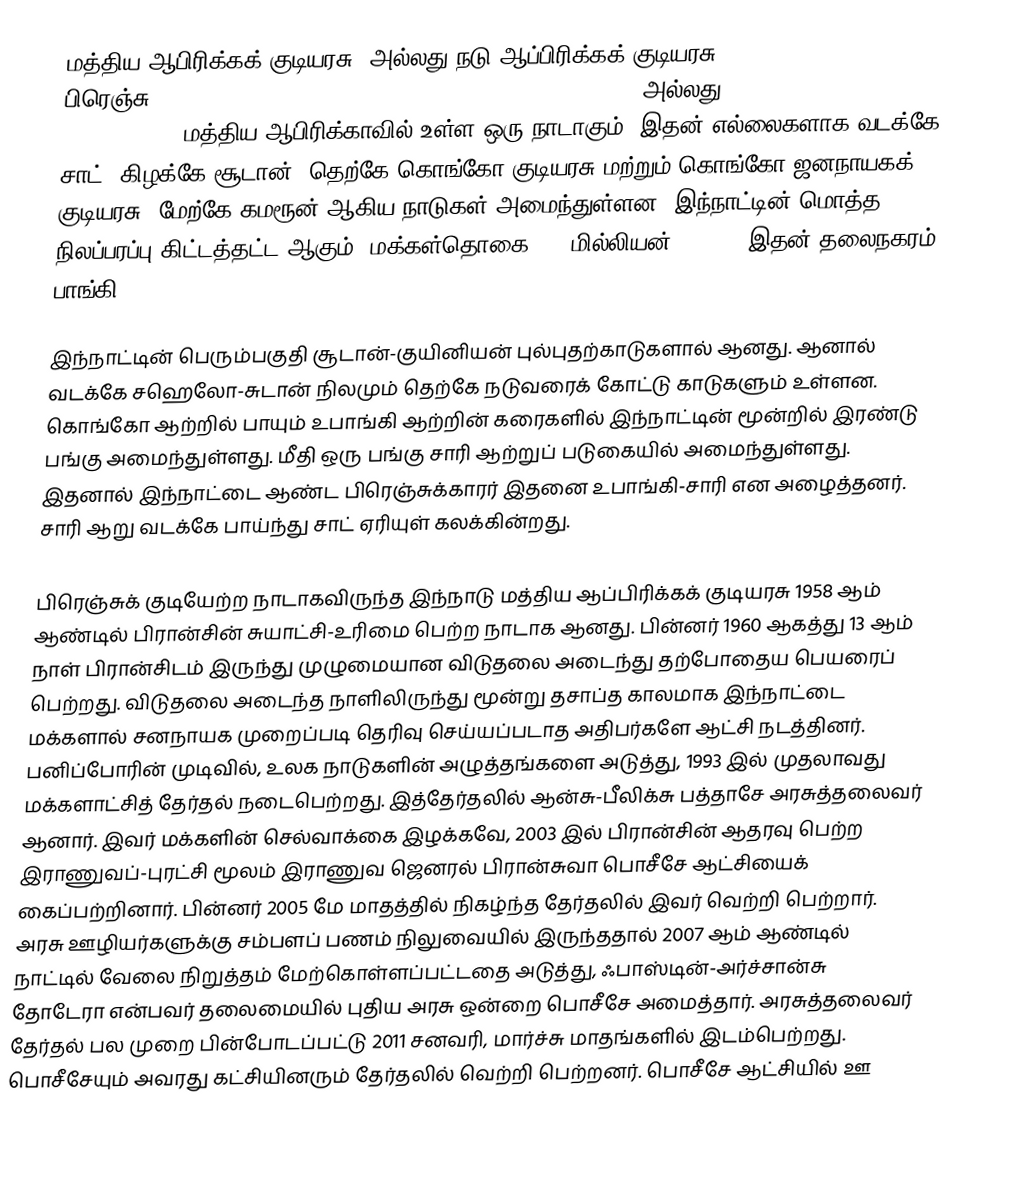
மத்திய ஆபிரிக்கக் குடியரசு (அல்லது நடு ஆப்பிரிக்கக் குடியரசு, Central African Republic, பிரெஞ்சு: République Centrafricaine, IPA: ʀepyblik sɑ̃tʀafʀikɛn/ அல்லது Centrafrique IPA: /sɑ̃tʀafʀik/) மத்திய ஆபிரிக்காவில் உள்ள ஒரு நாடாகும். இதன் எல்லைகளாக வடக்கே சாட், கிழக்கே சூடான், தெற்கே கொங்கோ குடியரசு மற்றும் கொங்கோ ஜனநாயகக் குடியரசு, மேற்கே கமரூன் ஆகிய நாடுகள் அமைந்துள்ளன. இந்நாட்டின் மொத்த நிலப்பரப்பு கிட்டத்தட்ட  ஆகும். மக்கள்தொகை 4.4 மில்லியன் (2008). இதன் தலைநகரம் பாங்கி.

இந்நாட்டின் பெரும்பகுதி சூடான்-குயினியன் புல்புதற்காடுகளால் ஆனது. ஆனால் வடக்கே சஹெலோ-சுடான் நிலமும் தெற்கே நடுவரைக் கோட்டு காடுகளும் உள்ளன. கொங்கோ ஆற்றில் பாயும் உபாங்கி ஆற்றின் கரைகளில் இந்நாட்டின் மூன்றில் இரண்டு பங்கு அமைந்துள்ளது. மீதி ஒரு பங்கு சாரி ஆற்றுப் படுகையில் அமைந்துள்ளது. இதனால் இந்நாட்டை ஆண்ட பிரெஞ்சுக்காரர் இதனை உபாங்கி-சாரி என அழைத்தனர். சாரி ஆறு வடக்கே பாய்ந்து சாட் ஏரியுள் கலக்கின்றது.

பிரெஞ்சுக் குடியேற்ற நாடாகவிருந்த இந்நாடு மத்திய ஆப்பிரிக்கக் குடியரசு 1958 ஆம் ஆண்டில் பிரான்சின் சுயாட்சி-உரிமை பெற்ற நாடாக ஆனது. பின்னர் 1960 ஆகத்து 13 ஆம் நாள் பிரான்சிடம் இருந்து முழுமையான விடுதலை அடைந்து தற்போதைய பெயரைப் பெற்றது. விடுதலை அடைந்த நாளிலிருந்து மூன்று தசாப்த காலமாக இந்நாட்டை மக்களால் சனநாயக முறைப்படி தெரிவு செய்யப்படாத அதிபர்களே ஆட்சி நடத்தினர். பனிப்போரின் முடிவில், உலக நாடுகளின் அழுத்தங்களை அடுத்து, 1993 இல் முதலாவது மக்களாட்சித் தேர்தல் நடைபெற்றது. இத்தேர்தலில் ஆன்சு-பீலிக்சு பத்தாசே அரசுத்தலைவர் ஆனார். இவர் மக்களின் செல்வாக்கை இழக்கவே, 2003 இல் பிரான்சின் ஆதரவு பெற்ற இராணுவப்-புரட்சி மூலம் இராணுவ ஜெனரல் பிரான்சுவா பொசீசே ஆட்சியைக் கைப்பற்றினார். பின்னர் 2005 மே மாதத்தில் நிகழ்ந்த தேர்தலில் இவர் வெற்றி பெற்றார். அரசு ஊழியர்களுக்கு சம்பளப் பணம் நிலுவையில் இருந்ததால் 2007 ஆம் ஆண்டில் நாட்டில் வேலை நிறுத்தம் மேற்கொள்ளப்பட்டதை அடுத்து, ஃபாஸ்டின்-அர்ச்சான்சு தோடேரா என்பவர் தலைமையில் புதிய அரசு ஒன்றை பொசீசே அமைத்தார். அரசுத்தலைவர் தேர்தல் பல முறை பின்போடப்பட்டு 2011 சனவரி, மார்ச்சு மாதங்களில் இடம்பெற்றது. பொசீசேயும் அவரது கட்சியினரும் தேர்தலில் வெற்றி பெற்றனர். பொசீசே ஆட்சியில் ஊ